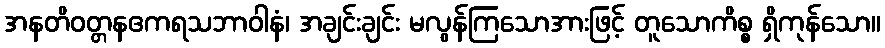
အနတိဝတ္တနဧကရသဘာဝါနံ၊ အချင်းချင်း မလွန်ကြသောအားဖြင့် တူသောကိစ္စ ရှိကုန်သော။